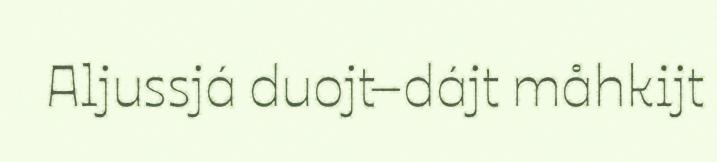
Aljussjá duojt–dájt måhkijt